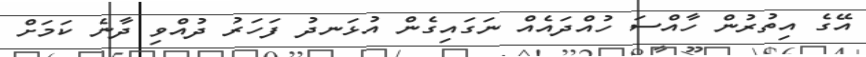
އޭގެ އިތުރުން ހާއްސަ ހުއްދައެއް ނަގައިގެން އުޅަނދު ފަހަރު ދުއްވި ދާނެ ކަމަށް